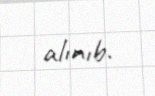
alınıb.